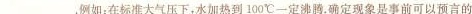
___。例如：在标准大气压下，水加热到100℃一定沸腾。确定现象是事前可以预言的